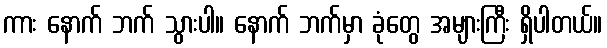
ကား နောက် ဘက် သွားပါ။ နောက် ဘက်မှာ ခုံတွေ အများကြီး ရှိပါတယ်။